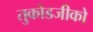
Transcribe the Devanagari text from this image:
तुकोडजीको